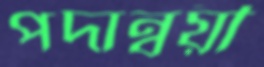
পদান্বয়ী